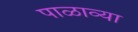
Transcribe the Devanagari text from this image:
पाळाव्या